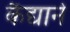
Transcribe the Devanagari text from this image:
कैद्याने